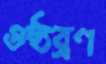
ওষ্ঠব্রণ